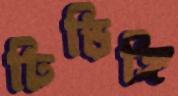
ঢিড়িঙ্গি